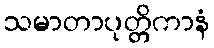
သမာတာပုတ္တိကာနံ